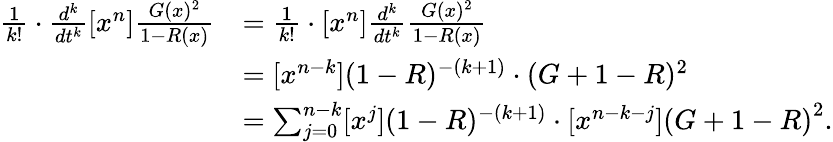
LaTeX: \begin{array}{rl}{\frac{1}{k!}\cdot\frac{d^{k}}{dt^{k}}[x^{n}]\frac{G(x)^{2}}{1-R(x)}}&{=\frac{1}{k!}\cdot[x^{n}]\frac{d^{k}}{dt^{k}}\frac{G(x)^{2}}{1-R(x)}}\\ &{=[x^{n-k}](1-R)^{-(k+1)}\cdot(G+1-R)^{2}}\\ &{=\sum_{j=0}^{n-k}[x^{j}](1-R)^{-(k+1)}\cdot[x^{n-k-j}]\left(G+1-R\right)^{2}.}\end{array}